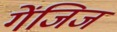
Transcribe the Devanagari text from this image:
गेंजिज